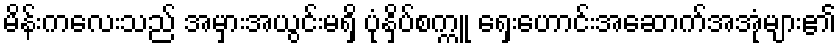
မိန်းကလေးသည် အမှားအယွင်းမရှိ ပုံနှိပ်စက္ကူ ရှေးဟောင်းအဆောက်အအုံများ၏